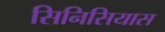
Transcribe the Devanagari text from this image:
सिनिसियास